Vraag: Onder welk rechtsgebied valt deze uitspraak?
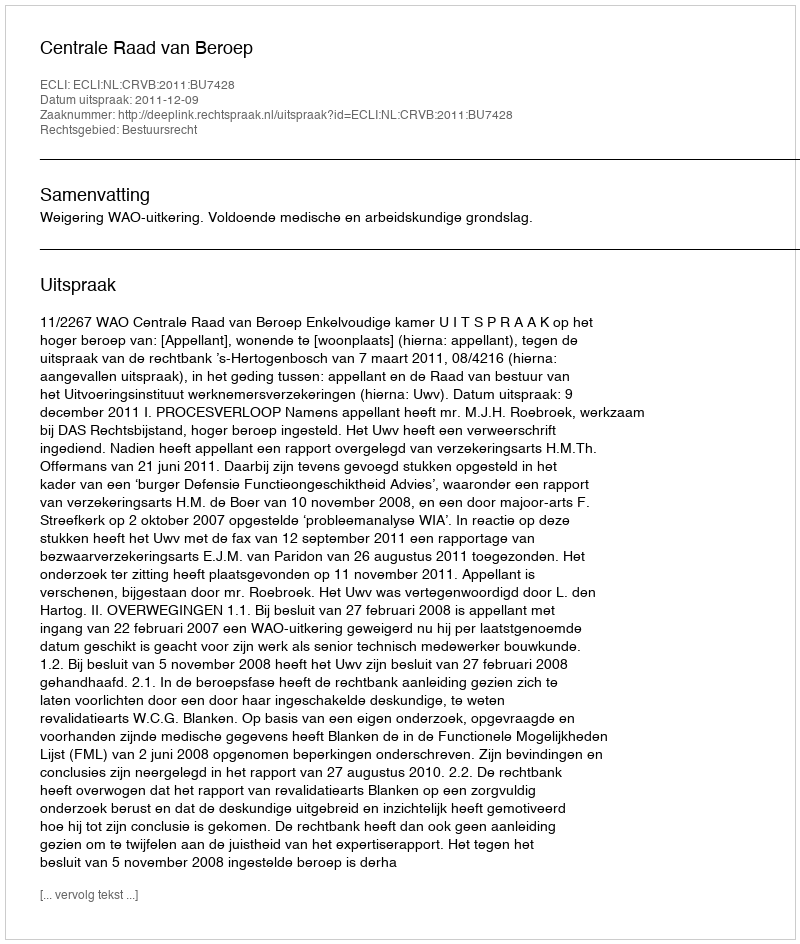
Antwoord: Bestuursrecht